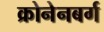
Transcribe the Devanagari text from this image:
क्रोनेनबर्ग